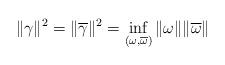
LaTeX: \begin{align*} \|\gamma\|^2 = \|\overline{\gamma}\|^2 = \inf_{(\omega, \overline{\omega})}\|\omega\|\|\overline{\omega}\|\end{align*}